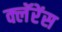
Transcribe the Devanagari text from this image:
क्लॅरेंस